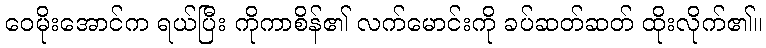
ဝေမိုးအောင်က ရယ်ပြီး ကိုကာစိန်၏ လက်မောင်းကို ခပ်ဆတ်ဆတ် ထိုးလိုက်၏။